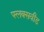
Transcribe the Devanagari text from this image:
फ्लक्सवीड